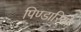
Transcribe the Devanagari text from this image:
पिण्डारियों